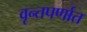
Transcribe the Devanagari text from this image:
वृन्तपर्णात